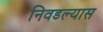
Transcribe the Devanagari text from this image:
निवडल्यास